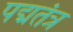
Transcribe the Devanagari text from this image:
पद्मतंत्र